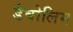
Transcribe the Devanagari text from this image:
डैबोलिम